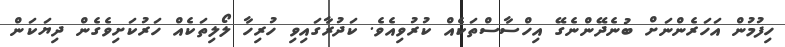
ހިފުމުން އަހަރެންނަށް ބުނެދޭންނެގޭ އިހްސާސްތަކެއް ކުރުވިއެވެ. ކަދުރާގައިވި ހުރިހާ ލޯލިތަކެއް ހަރުކަށިވެގެން ދިޔަކަން